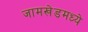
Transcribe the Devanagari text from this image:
जामखेडमध्ये